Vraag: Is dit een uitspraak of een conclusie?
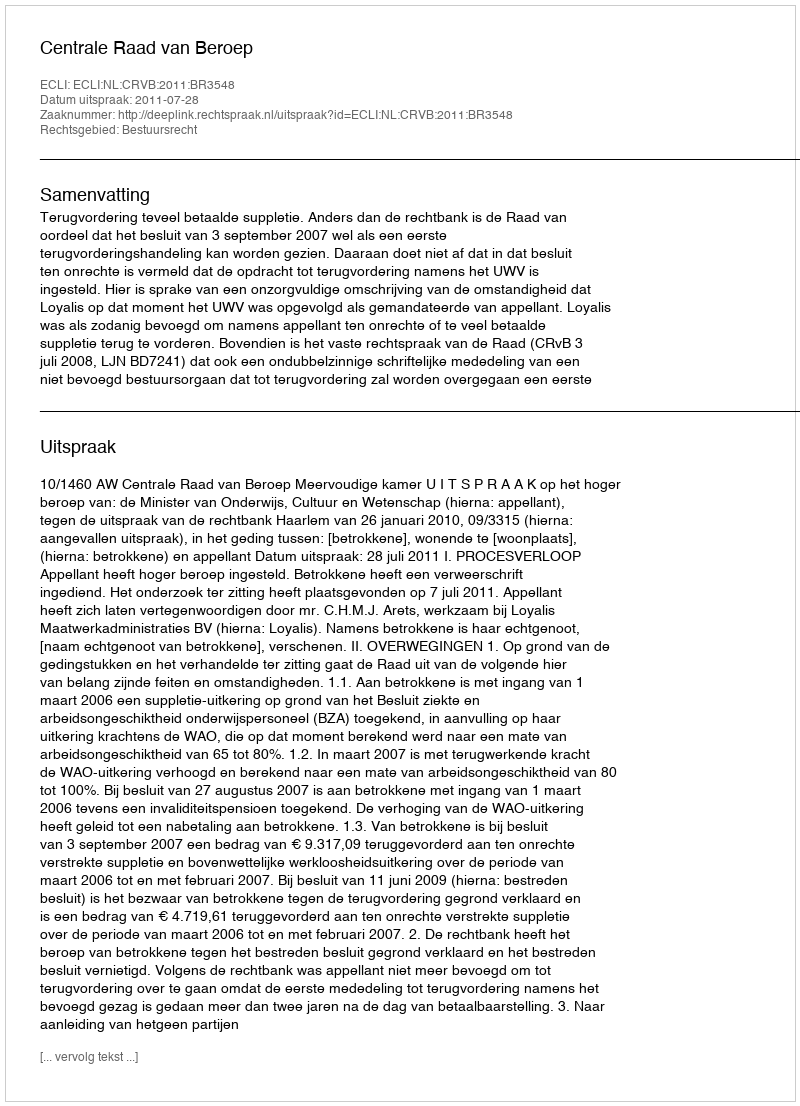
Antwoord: Uitspraak